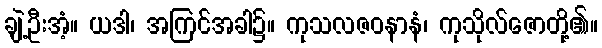
ချဲ့ဦးအံ့။ ယဒါ၊ အကြင်အခါ၌။ ကုသလဇဝနာနံ၊ ကုသိုလ်ဇောတို့၏။